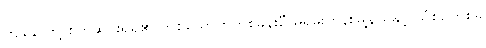
ကျနောတို့ စိတ်ဆင်းရဲရ၏ တစ်ယောက်တစ်ခန်းစီ မရမ်းကုန်းမြို့နယ်နှင့် သံစဉ်တစ်ခု